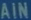
AIN